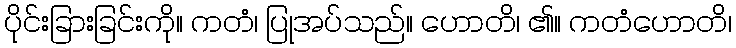
ပိုင်းခြားခြင်းကို။ ကတံ၊ ပြုအပ်သည်။ ဟောတိ၊ ၏။ ကတံဟောတိ၊